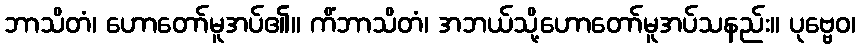
ဘာသိတံ၊ ဟောတော်မူအပ်၏။ ကိံဘာသိတံ၊ အဘယ်သို့ဟောတော်မူအပ်သနည်း။ ပုဗ္ဗေဝ၊